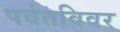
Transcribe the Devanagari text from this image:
पर्वतविवर